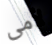
لأمى